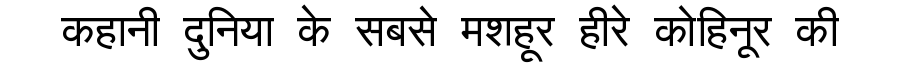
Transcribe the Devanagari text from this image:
कहानी दुनिया के सबसे मशहूर हीरे कोहिनूर की